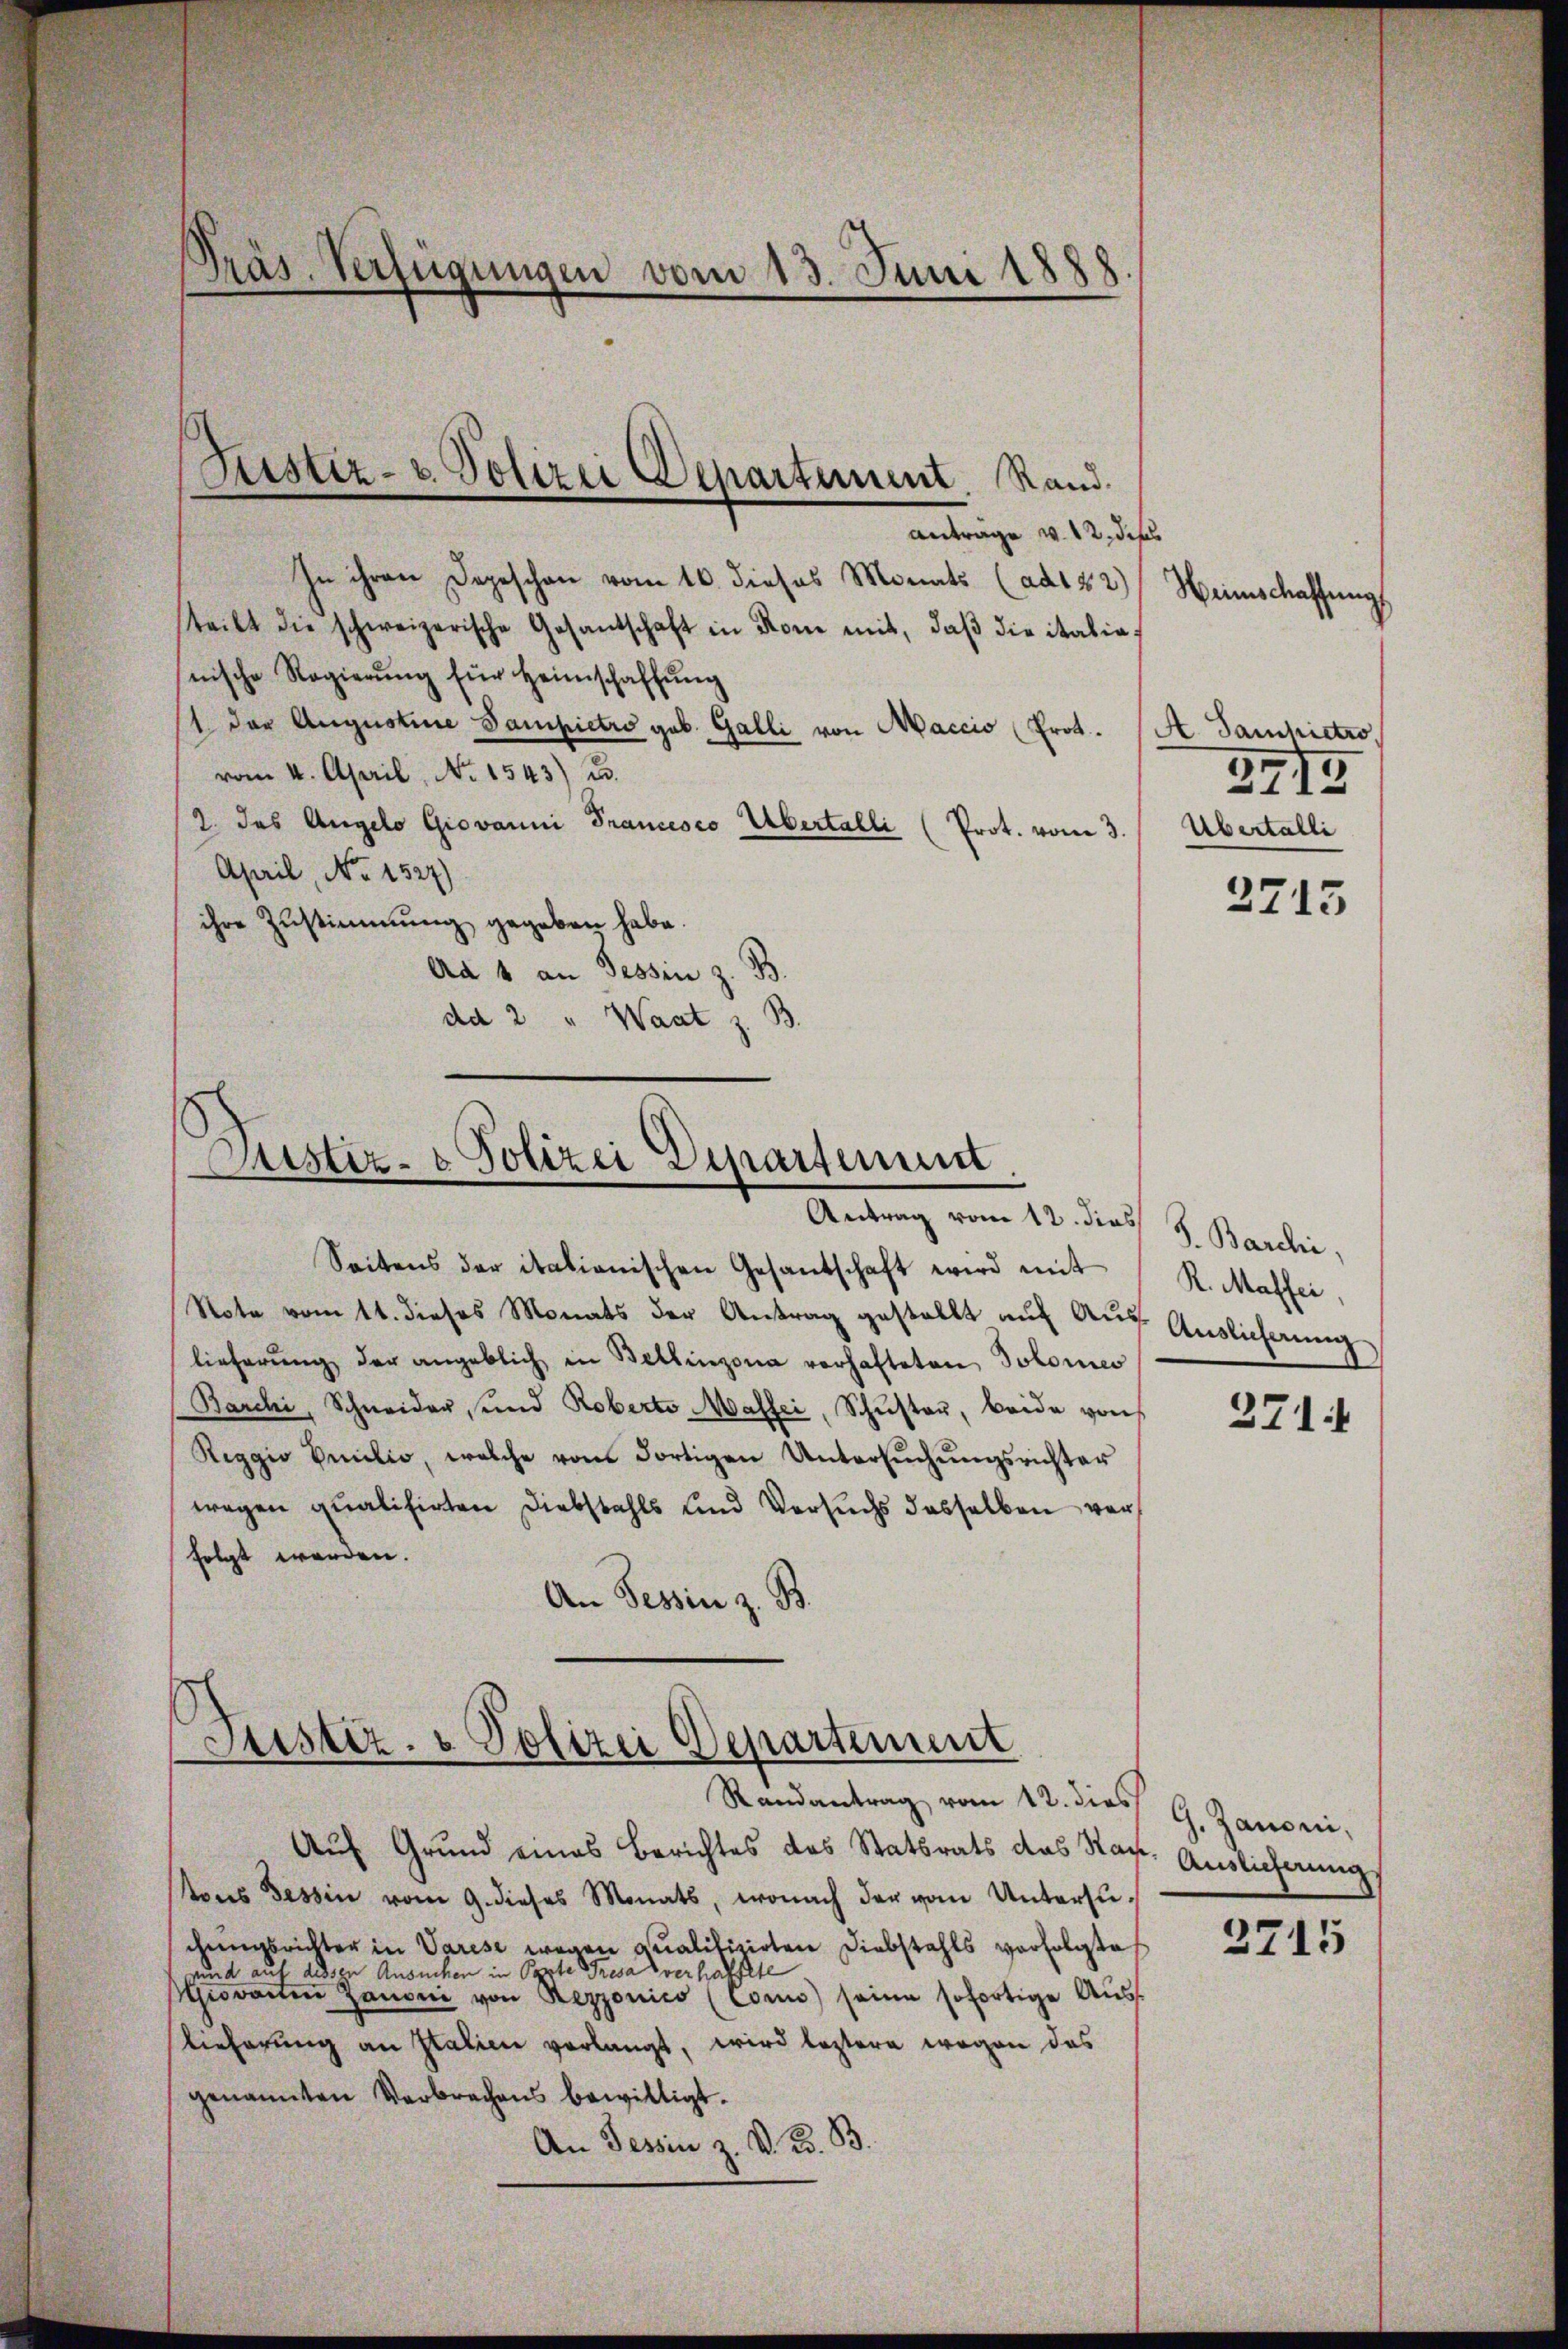
Präs. Verfügungen vom 13. Juni 1888

Antrage v. 12. dies
In ihren Depeschen vom 10. dieses Monats (ad122) Heimschaffungs
steilt die schweizerische Gesantschaft in Rom mit, daβ die italia,
nische Regierŭng für Heimschaffŭng
1 der Augustine Sampietro geb. Galli von Maccio (Prot.
vom 4. April, No 1543) u.
2. das Angelo Giovanni Francesco Übertalli (Prot. vom 3.
April, No 1527)
ihre Zustimmung gegeben habe.
Ad 1 an Tessin z. B.
dd 2 " Waat z. B.

Justiz- u. Polizei Departement. Stand

Justiz- & Polizei Departement
Antrag vom 12. dies

Seitens der italienischen Gesandschaft wird mit
Note vom 11. dieses Monats der Antrag gestellt aŭf Aŭf Auslicherung
lieferŭng der angeblich in Bellinzona vorhafteten Solomeo
Barchi, Schneider, und Roberte Masser, Schŭster, beide von
Reggio Anilio, welche vom dortigen Untersŭchŭngsrichter
wegen qualisirten Diebstahls und Versuchs dasselben verfolgt werden.
An Tessin z. B.

Justiz- & Polizei Departement
Randantrag vom 12. dies

Auf Grund eines Berichtes des Statsrats das Stat. Auslieferung
tons Tessin vom 9. dieses Monats, wonach der vom Untersuchungsrichter in Varese wegen qualifizirten Diebstahls verfolgte
uund 5 desse Ansuchen in Oppte Fresa verhaltete
Giovanten Zanoni von Rezzonico (Coui) seine sofortige Aŭss
lieferung an Italien verlangt, wird leztere wegen das
genannten Verbrechens bewilligt.
An Tessin z. K. K. B.

A. Samhictro,
3915.
Übertalli
2715

J. Barchi,
R. Masser,
371

2715

G. Zanoni,